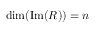
\mathrm { d i m ( I m } ( R ) ) = n